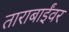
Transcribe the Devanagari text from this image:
ताराबाईंवर